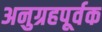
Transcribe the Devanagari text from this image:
अनुग्रहपूर्वक